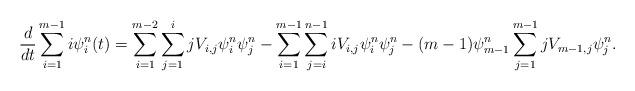
LaTeX: \begin{align*}\frac{d}{dt}\sum_{i=1}^{m-1} i\psi^{n}_i(t)=\sum_{i=1}^{m-2}\sum_{j=1}^{i} jV_{i,j}\psi^{n}_{i}\psi^{n}_{j}-\sum_{i=1}^{m-1}\sum_{j=i}^{n-1}iV_{i,j}\psi^{n}_i \psi^{n}_j-(m-1)\psi^{n}_{m-1}\sum_{j=1}^{m-1}jV_{m-1,j}\psi^{n}_j.\end{align*}